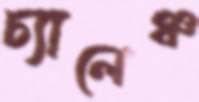
চ্যালেঞ্চ